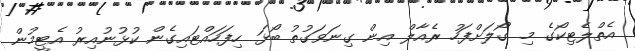
އެތްލެޓިކޯގެ މި ގޯލަށްފަހު ރެއާލް އިން ގިނަވަގުތު ބޯޅަ ހިފަހައްޓައިގެން ކުޅުނުއިރު އެޓީމުން